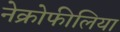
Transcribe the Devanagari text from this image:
नेक्रोफीलिया